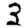
Digit: 3